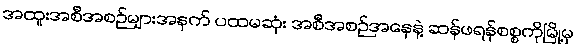
အထူးအစီအစဉ်များအနက် ပထမဆုံး အစီအစဉ်အနေနဲ့ ဆန်ဖရန်စစ္စကိုမြို့မှ